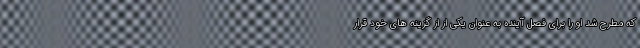
که مطرح شد او را برای فصل آینده به عنوان یکی از از گزینه های خود قرار